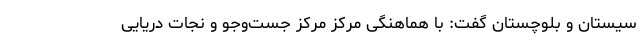
سیستان و بلوچستان گفت: با هماهنگی مرکز مرکز جست‌وجو و نجات دریایی